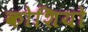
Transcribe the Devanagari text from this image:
कोशियो